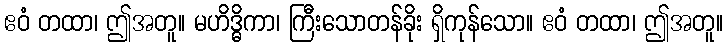
ဧဝံ တထာ၊ ဤအတူ။ မဟိဒ္ဓိကာ၊ ကြီးသောတန်ခိုး ရှိကုန်သော။ ဧဝံ တထာ၊ ဤအတူ။